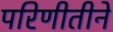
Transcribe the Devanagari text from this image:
परिणीतीने